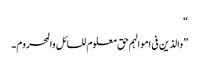
“
”والذین فی اموالہم حق معلوم للسائل والمحروم۔